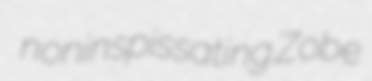
noninspissating Zobe